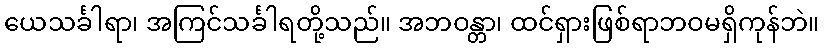
ယေသင်္ခါရာ၊ အကြင်သင်္ခါရတို့သည်။ အဘဝန္တာ၊ ထင်ရှားဖြစ်ရာဘဝမရှိကုန်ဘဲ။